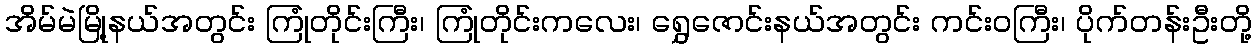
အိမ်မဲမြို့နယ်အတွင်း ကြုံတိုင်းကြီး၊ ကြုံတိုင်းကလေး၊ ရွှေဇောင်းနယ်အတွင်း ကင်းဝကြီး၊ ပိုက်တန်းဦးတို့